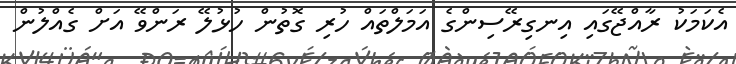
އެކަމަކު ރާއްޖޭގައި އިނގިރޭސިންގެ އަމަލްތައް ހުރި ގޮތުން ހުޅުލޭ ރަންވޭ އަށް ގެއްލުން